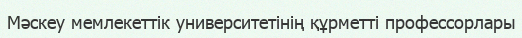
Мәскеу мемлекеттік университетінің құрметті профессорлары